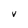
Character: v